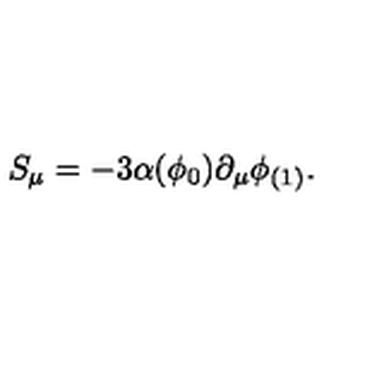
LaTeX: S _ { \mu } = - 3 \alpha ( \phi _ { 0 } ) \partial _ { \mu } \phi _ { ( 1 ) } .